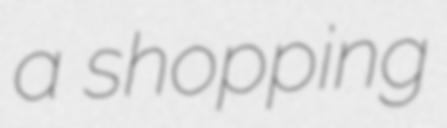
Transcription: a shopping